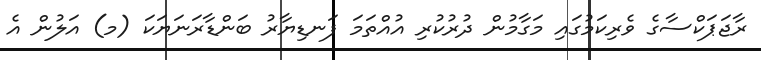
ރާޖަޕަކްސާގެ ވެރިކަމުގައި މަގާމުން ދުރުކުރި އުއްތަމަ ފަނޑިޔާރު ބަންޑާރަނަޔަކަ (މ) އަލުން އެ